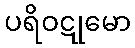
ပရိဝဋုမော